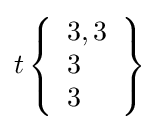
t\left\{{\begin{array}{l}3,3\\3\\3\end{array}}\right\}